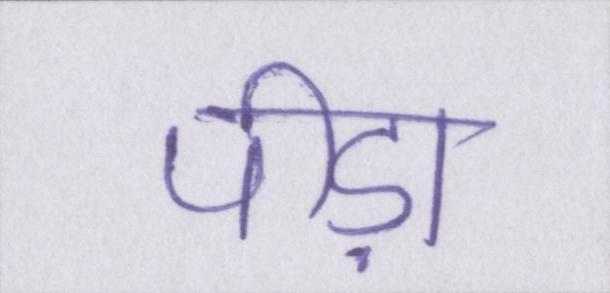
पीड़ा